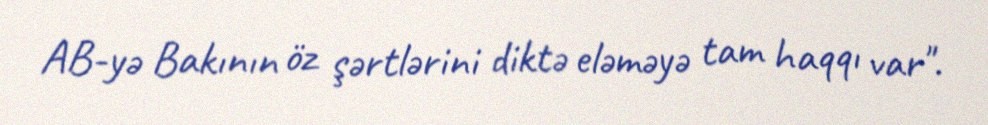
AB-yə Bakının öz şərtlərini diktə eləməyə tam haqqı var".